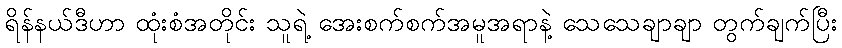
ရိန်နယ်ဒီဟာ ထုံးစံအတိုင်း သူရဲ့ အေးစက်စက်အမူအရာနဲ့ သေသေချာချာ တွက်ချက်ပြီး